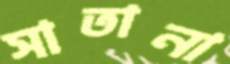
সাতানা